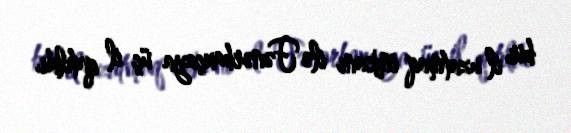
bir il uzatmaq imkanı ilə Fənərbaxçaya üç il qatıldı.